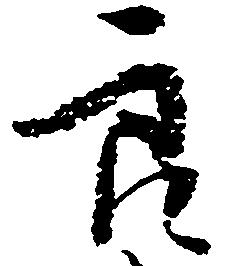
良